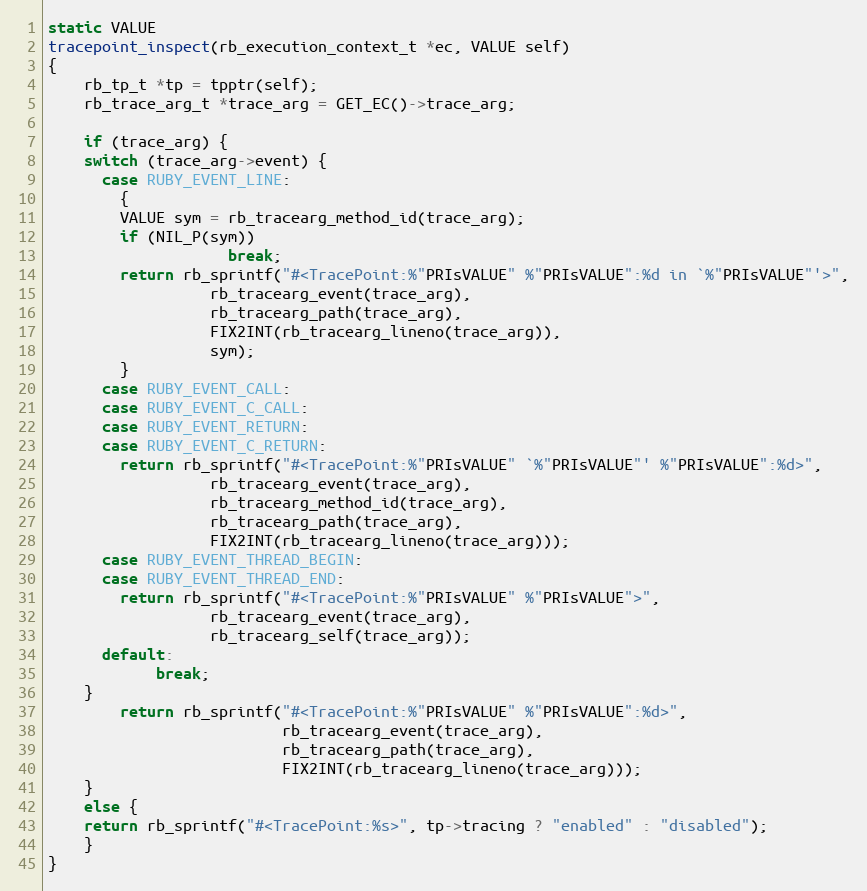
Language: C
static VALUE
tracepoint_inspect(rb_execution_context_t *ec, VALUE self)
{
    rb_tp_t *tp = tpptr(self);
    rb_trace_arg_t *trace_arg = GET_EC()->trace_arg;

    if (trace_arg) {
	switch (trace_arg->event) {
	  case RUBY_EVENT_LINE:
	    {
		VALUE sym = rb_tracearg_method_id(trace_arg);
		if (NIL_P(sym))
                    break;
		return rb_sprintf("#<TracePoint:%"PRIsVALUE" %"PRIsVALUE":%d in `%"PRIsVALUE"'>",
				  rb_tracearg_event(trace_arg),
				  rb_tracearg_path(trace_arg),
				  FIX2INT(rb_tracearg_lineno(trace_arg)),
				  sym);
	    }
	  case RUBY_EVENT_CALL:
	  case RUBY_EVENT_C_CALL:
	  case RUBY_EVENT_RETURN:
	  case RUBY_EVENT_C_RETURN:
	    return rb_sprintf("#<TracePoint:%"PRIsVALUE" `%"PRIsVALUE"' %"PRIsVALUE":%d>",
			      rb_tracearg_event(trace_arg),
			      rb_tracearg_method_id(trace_arg),
			      rb_tracearg_path(trace_arg),
			      FIX2INT(rb_tracearg_lineno(trace_arg)));
	  case RUBY_EVENT_THREAD_BEGIN:
	  case RUBY_EVENT_THREAD_END:
	    return rb_sprintf("#<TracePoint:%"PRIsVALUE" %"PRIsVALUE">",
			      rb_tracearg_event(trace_arg),
			      rb_tracearg_self(trace_arg));
	  default:
            break;
	}
        return rb_sprintf("#<TracePoint:%"PRIsVALUE" %"PRIsVALUE":%d>",
                          rb_tracearg_event(trace_arg),
                          rb_tracearg_path(trace_arg),
                          FIX2INT(rb_tracearg_lineno(trace_arg)));
    }
    else {
	return rb_sprintf("#<TracePoint:%s>", tp->tracing ? "enabled" : "disabled");
    }
}